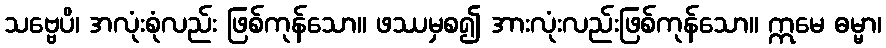
သဗ္ဗေပိ၊ အလုံးစုံလည်း ဖြစ်ကုန်သော။ ဖဿမှစ၍ အားလုံးလည်းဖြစ်ကုန်သော။ ဣမေ ဓမ္မာ၊